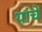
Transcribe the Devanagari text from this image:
यांंचे